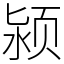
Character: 颍